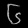
Digit: ၆